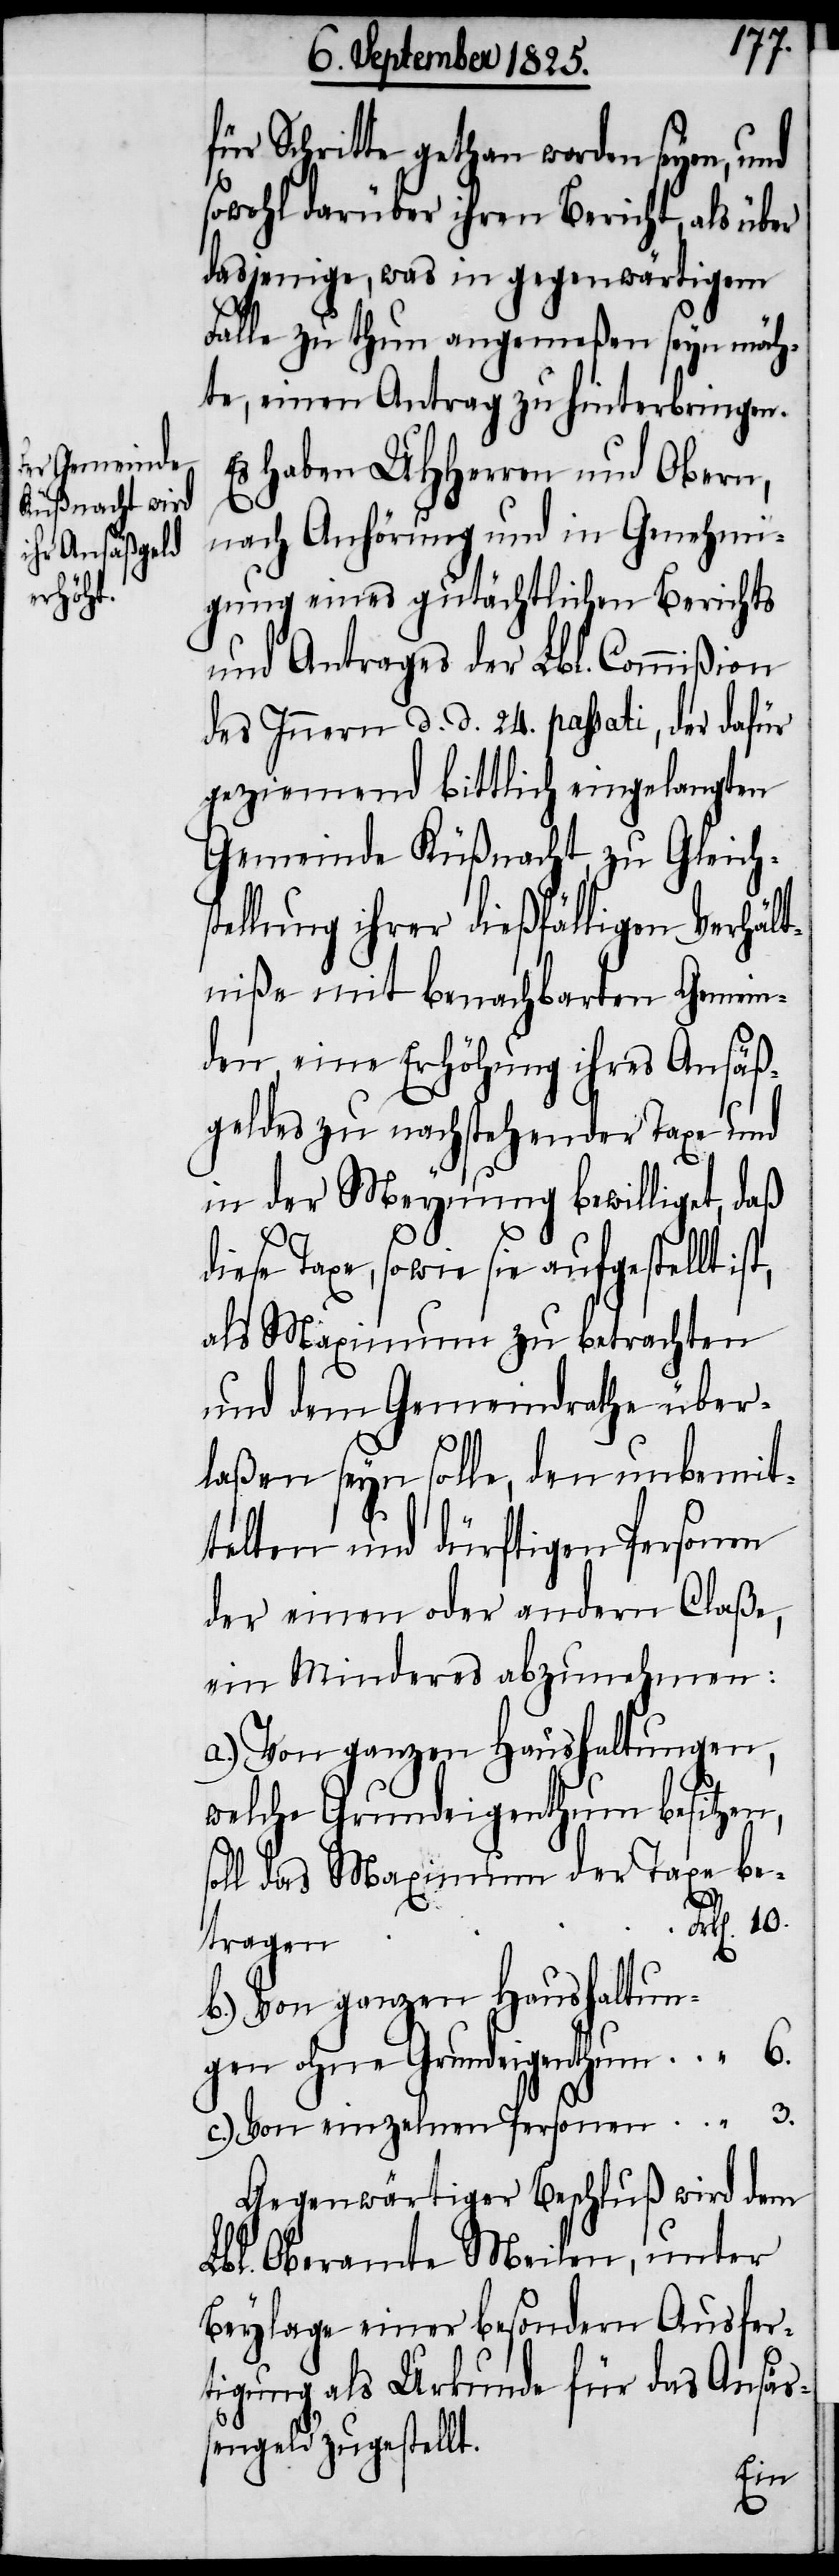
für Schritte gethan werden seyen, und
sowohl darüber ihren Bericht, als über
dasjenige, was in gegenwärtigem
Falle zu thun angemeßen seyn möch¬
te, einen Antrag zu hinterbringen.
Es haben UHHerren und Obern
nach Anhörung und in Genehmi¬
gung eines gutächtlichen Berichts
und Antrages der Lbl. Commißion
des Innern d. d. 24. passati, der dafür
geziemend bittlich eingelangten
Gemeinde Küßnacht, zu Gleichs¬
tellung ihrer dießfälligen Verhält¬
niße mit benachbarten Gemein¬
den, eine Erhöhung ihres Ansäß¬
geld zu nachstehender Taxe und
in der Meynung bewilliget, daß
diese Taxe, sowie sie aufgestellt
als Maximum zu betrachten
und dem Gemeindrathe über¬
laßen seyn solle, den unbemit¬
telten und dürftigen Personen
der einen oder andern Claße,
ein Minderes abzunehmen:
a.) Von ganzen Haushaltungen,
welche Grundeigenthum besitzen,
soll das Maximum der Taxe
b.) Von ganzen Haushaltun¬
gen ohne Grundeigenthum		 “	6.
c.) Von einzelnen Personen
Gegenwärtiger Beschluß wird dem
Lbl. Oberamte Meilen, unter
Beylage einer besondern Ausfer¬
tigung als Urkunde für das Ansäs¬
sengeld zugestellt.